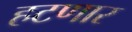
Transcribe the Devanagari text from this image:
हटणार